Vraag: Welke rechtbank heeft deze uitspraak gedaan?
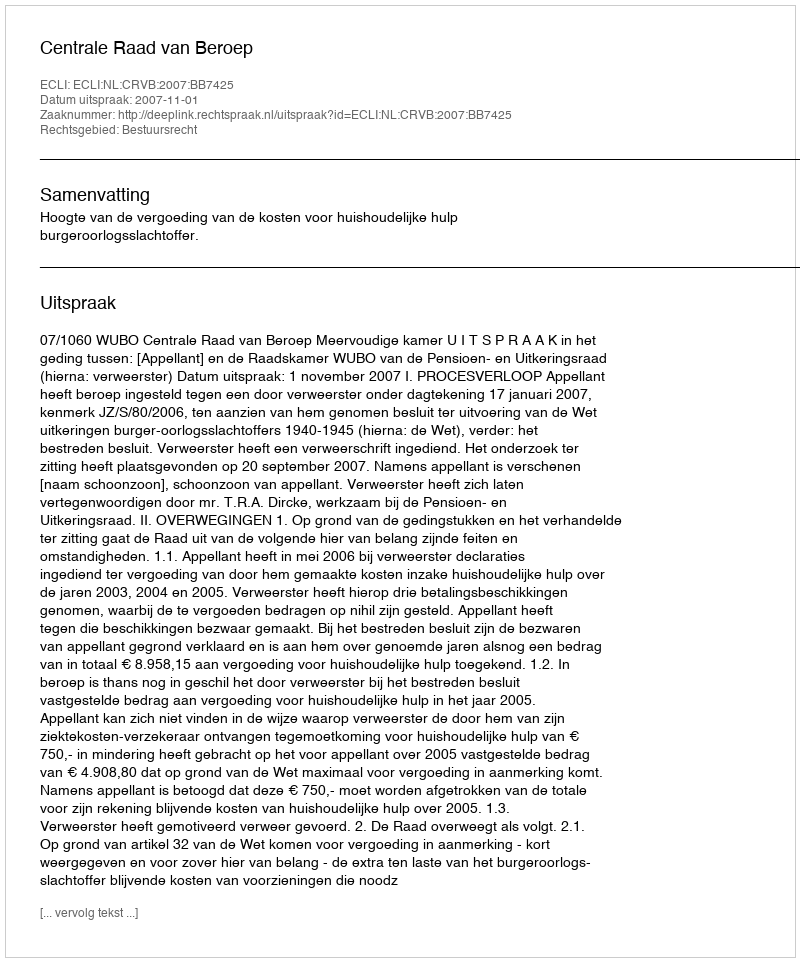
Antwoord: Centrale Raad van Beroep